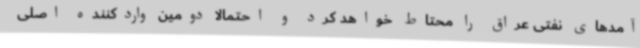
آمدهای نفتی عراق را محتاط خواهد کرد و احتمالا دومین واردکننده اصلی